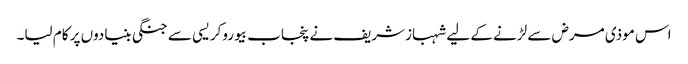
اس موذی مرض سے لڑنے کے لیے شہبازشریف نے پنجاب بیوروکریسی سے جنگی بنیادوں پر کام لیا۔